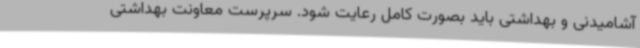
آشامیدنی و بهداشتی باید بصورت کامل رعایت شود. سرپرست معاونت بهداشتی